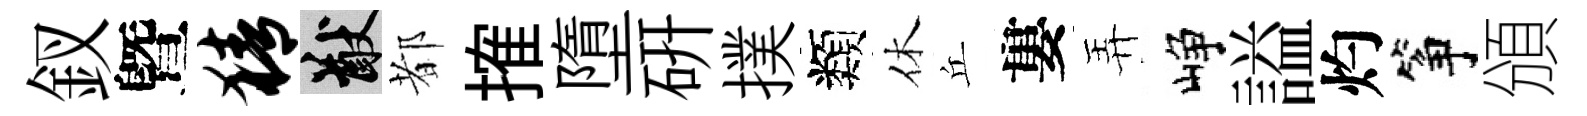
釵曁猜猷都搉墮硏撲類休丘婁弄峥謚灼筝頒